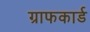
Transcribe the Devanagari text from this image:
ग्राफकार्ड